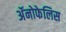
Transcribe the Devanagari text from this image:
अॅनोफेलिस